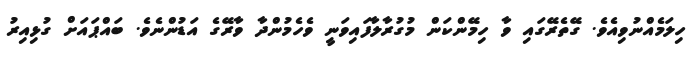
ހިލަމެއްނުވިއެވެ. ގޭތެރޭގައި ވާ ހިމޭންކަން މުގުރާލާފައިވަނީ ވެހެމުންދާ ވާރޭގެ އަޑުންނެވެ. ބައްޕައަށް ގުޅިއިރު